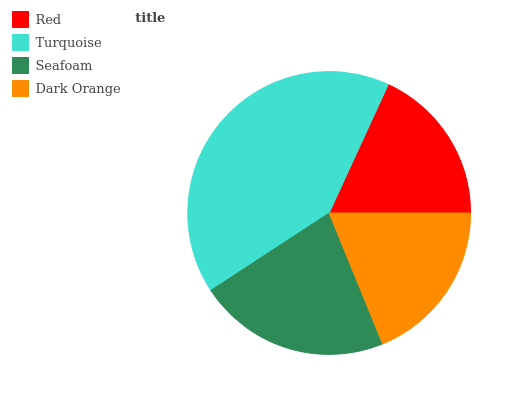
| Red | Turquoise | Seafoam | Dark Orange |
 | --- | --- | --- | --- |
 | 18.2% | 41.1% | 22% | 18.8% |